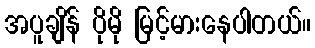
အပူချိန် ပိုမို မြင့်မားနေပါတယ်။